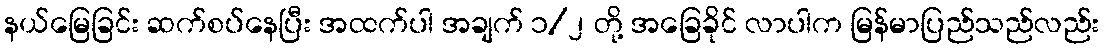
နယ်မြေခြင်း ဆက်စပ်နေပြီး အထက်ပါ အချက် ၁/၂ တို့ အခြေခိုင် လာပါက မြန်မာပြည်သည်လည်း